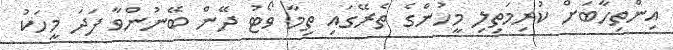
އިންތިހާބަށް ކުރިމަތިލި މީހުންގެ ތެރޭގައި ތިމާ ވޯޓު ދޭން ބޭނުންވާ ފަދަ މީހަކު